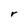
Character: r